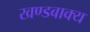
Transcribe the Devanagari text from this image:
खण्डबाक्य